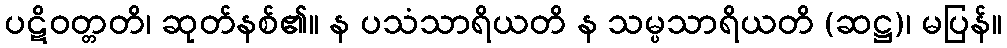
ပဋိဝတ္တတိ၊ ဆုတ်နစ်၏။ န ပသံသာရိယတိ န သမ္ပသာရိယတိ (ဆဋ္ဌ)၊ မပြန်။